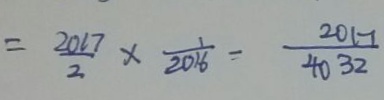
= \frac { 2 0 1 7 } { 2 } \times \frac { 1 } { 2 0 1 6 } = \frac { 2 0 1 7 } { 4 0 3 2 }